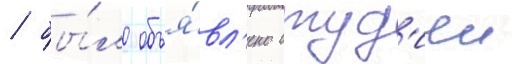
/ бы́ло объя́вл'ено студ'иеи